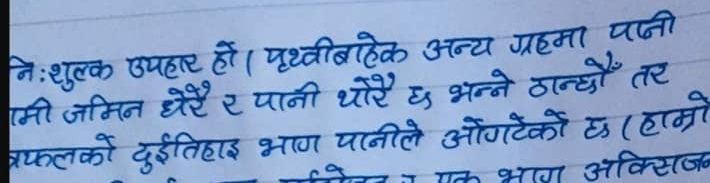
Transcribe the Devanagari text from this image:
ने: शुल्क उपहार हो। पृथ्वीबाहेक अन्य ग्रहमा पनी
मी जमिन धेरै र पानी थोरै छ भन्ने ठान्छौं तर
फलको दुईतिहाइ भाग पानीले ओगटेको छ (हाम्रो